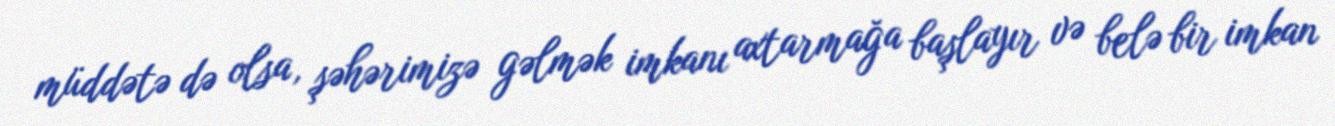
müddətə də olsa, şəhərimizə gəlmək imkanı axtarmağa başlayır və belə bir imkan